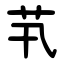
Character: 䒖